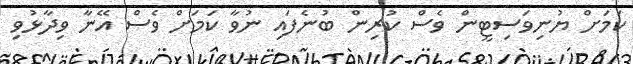
ކަމަށް ޔުނިވަސިޓީން ވެސް ކުރިން ބުނެފައި ނުވާ ކަމަށް ވެސް އޭނާ ވިދާޅުވި